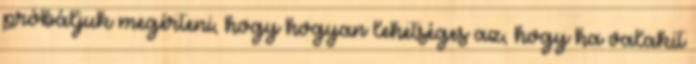
próbáljuk megérteni, hogy hogyan lehetséges az, hogy ha valakit